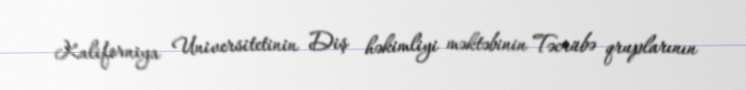
Kaliforniya Universitetinin Diş həkimliyi məktəbinin Təcrübə qruplarının